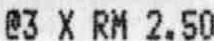
@3 X RM 2.50